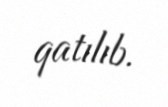
qatılıb.